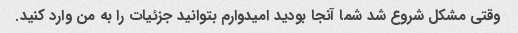
وقتی مشکل شروع شد شما آنجا بودید امیدوارم بتوانید جزئیات را به من وارد کنید.